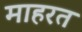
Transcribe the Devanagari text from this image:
माहरत